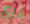
درع